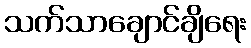
သက်သာချောင်ချိရေး